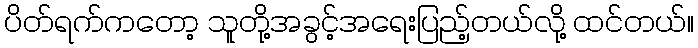
ပိတ်ရက်ကတော့ သူတို့အခွင့်အရေးပြည့်တယ်လို့ ထင်တယ်။